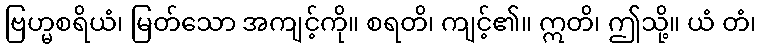
ဗြဟ္မစရိယံ၊ မြတ်သော အကျင့်ကို။ စရတိ၊ ကျင့်၏။ ဣတိ၊ ဤသို့။ ယံ တံ၊